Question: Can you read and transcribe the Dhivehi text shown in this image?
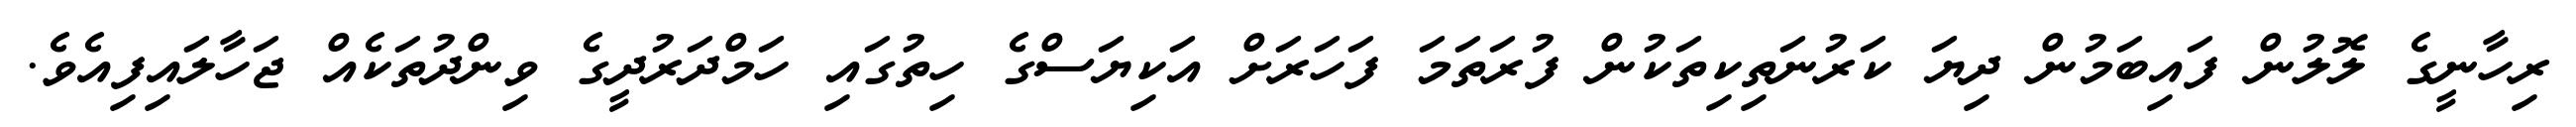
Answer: ރިހާނީގެ ލޮލުން ފައިބަމުން ދިޔަ ކަރުނަތިކިތަކުން ފުރަތަމަ ފަހަރަށް އަކިޔަސްގެ ހިތުގައި ހަމްދަރުދީގެ ވިންދުތަކެއް ޖަހާލައިފިއެވެ.